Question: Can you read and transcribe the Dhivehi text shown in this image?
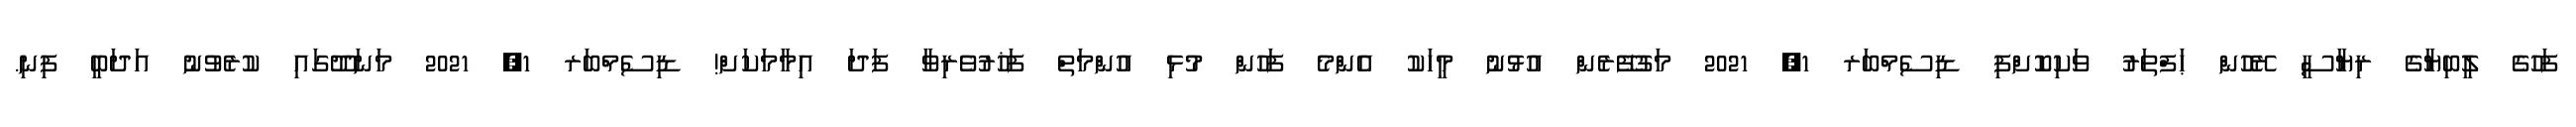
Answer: ފަހުގެ ލީބިޔާގެ ރިޔާސީ ރޭހުން ޙަފްތަރު ވަކިކޮށްފި ޑިސެމްބަރ 1, 2021 މަގުފޭރެން އުޅުނު މީހަކު އެންމެ ފަހުން މުޅި އުންމަތް ފަޚުރުވެރިވާ ފަދަ އިމާމަކަށް! ޑިސެމްބަރ 1, 2021 މަނަދޫގައި ކުރެވުނު އަދަބީ ފިނި.